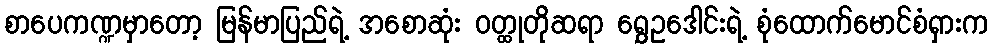
စာပေကဏ္ဍမှာတော့ မြန်မာပြည်ရဲ့ အစောဆုံး ဝတ္ထုတိုဆရာ ရွှေဥဒေါင်းရဲ့ စုံထောက်မောင်စံရှားက